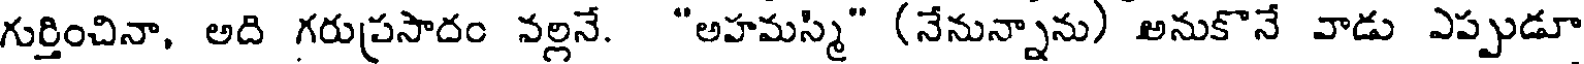
గుర్తించినా, అది గరుప్రసాదం వల్లనే. "అహమస్మి" (నేనున్నాను) అనుకొనే వాడు ఎప్పుడూ